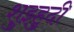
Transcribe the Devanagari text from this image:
शुइहुदी